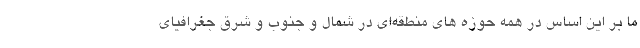
ما بر این اساس در همه حوزه های منطقه‌ای در شمال و جنوب و شرق جغرافیای